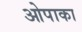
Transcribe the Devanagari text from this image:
ओपाका